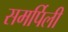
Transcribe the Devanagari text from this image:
समर्पिली